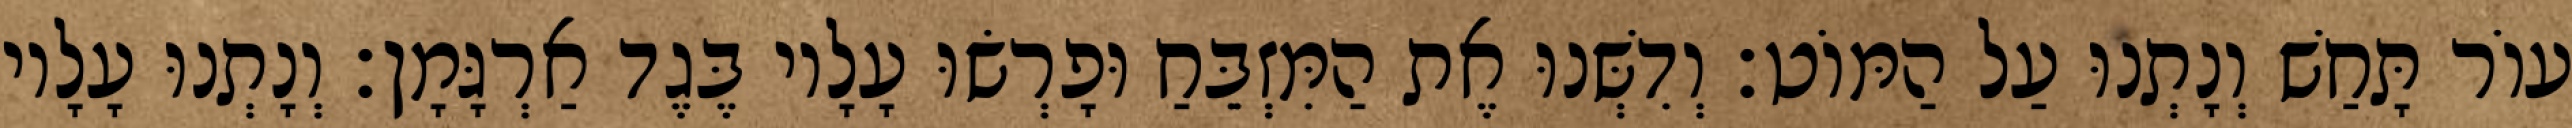
עוֹר תָּחַשׁ וְנָתְנוּ עַל הַמּוֹט׃ וְדִשְּׁנוּ אֶת הַמִּזְבֵּחַ וּפָרְשׂוּ עָלָיו בֶּגֶד אַרְגָּמָן׃ וְנָתְנוּ עָלָיו